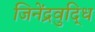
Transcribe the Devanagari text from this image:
जिनेंद्रवुद्धि